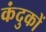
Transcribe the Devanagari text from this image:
कंदुकों